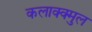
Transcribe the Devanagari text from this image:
कलाक्क्मुल